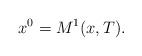
LaTeX: \begin{align*} x^0 = M^1(x,T).\end{align*}